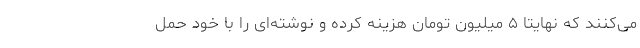
می‌کنند که نهایتا ۵ میلیون تومان هزینه کرده و نوشته‌ای را با خود حمل